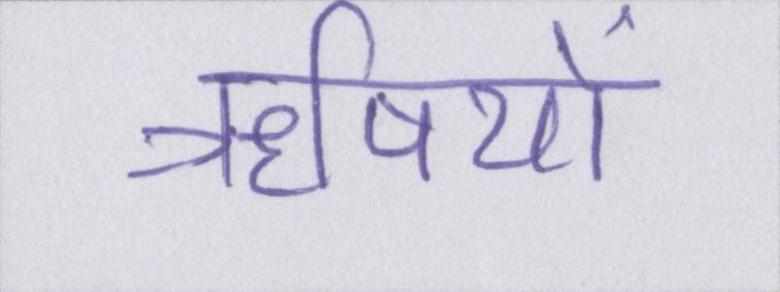
ॠषियों